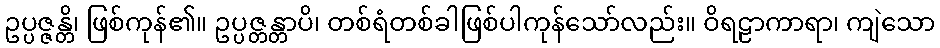
ဥပ္ပဇ္ဇန္တိ၊ ဖြစ်ကုန်၏။ ဥပ္ပဇ္တန္တာပိ၊ တစ်ရံတစ်ခါဖြစ်ပါကုန်သော်လည်း။ ဝိရဠာကာရာ၊ ကျဲသော